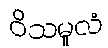
ဝိသမူလံ